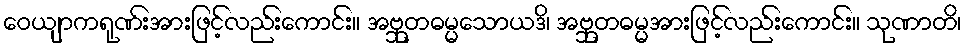
ဝေယျာကရုဏ်းအားဖြင့်လည်းကောင်း။ အဗ္ဘုတဓမ္မသောယဒိ၊ အဗ္ဘုတဓမ္မအားဖြင့်လည်းကောင်း။ သုဏာတိ၊